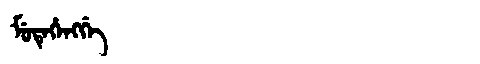
Manchu: ᠮᡠᡨᡝᡥᡝᠩᡤᡝ
Romanization: MUTEHENGGE